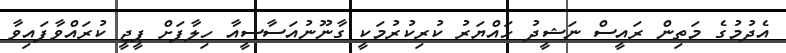
އެދުމުގެ މަތިން ރައީސް ނަޝީދު ހައްޔަރު ކުރިކުރުމަކީ ގާނޫނުއަސާސީއާ ހިލާފަށް ޕީޖީ ކުރައްވާފައިވާ